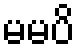
မမပိ